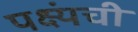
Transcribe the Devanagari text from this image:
पक्ष्यंची